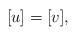
LaTeX: \begin{align*}[u]=[v],\end{align*}